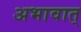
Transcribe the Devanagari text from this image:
अभावात्